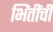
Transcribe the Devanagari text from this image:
भिंतींची